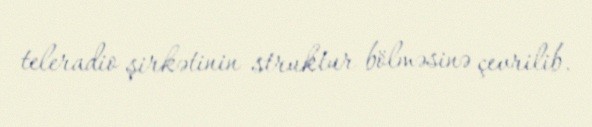
teleradio şirkətinin struktur bölməsinə çevrilib.